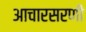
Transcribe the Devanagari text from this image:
आचारसरणी